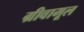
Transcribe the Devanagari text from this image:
ग्रीवामूल